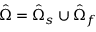
\hat { \Omega } = \hat { \Omega } _ { s } \cup \hat { \Omega } _ { f }